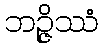
ဘဉ္ဇိဿံ